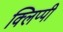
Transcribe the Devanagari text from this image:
क्लिप्पी